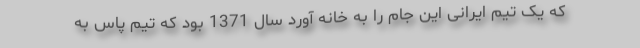
که یک تیم ایرانی این جام را به خانه آورد سال 1371 بود که تیم پاس به